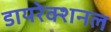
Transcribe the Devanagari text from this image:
डायरेक्शनल